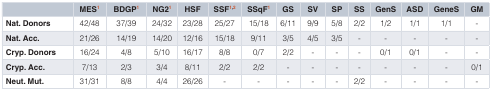
|  | MES1 | BDGP1 | NG21 | HSF | SSF1,2 | SSqF1 | GS | SV | SP | SS | GenS | ASD | GeneS | GM |
 | --- | --- | --- | --- | --- | --- | --- | --- | --- | --- | --- | --- | --- | --- | --- |
 | Nat. Donors | 42/48 | 37/39 | 24/32 | 23/28 | 25/27 | 15/18 | 6/11 | 9/9 | 5/8 | 2/2 | 1/2 | 1/1 | 1/1 | - |
 | Nat. Acc. | 21/26 | 14/19 | 14/20 | 12/16 | 15/18 | 9/11 | 3/5 | 4/5 | 3/5 | - | - | - | - | - |
 | Cryp. Donors | 16/24 | 4/8 | 5/10 | 16/17 | 8/8 | 0/7 | 2/2 | - | - | - | 0/1 | 0/1 | - | - |
 | Cryp. Acc. | 7/13 | 2/3 | 3/4 | 8/11 | 2/2 | 2/2 | - | - | - | - | - | - | - | 0/1 |
 | Neut. Mut. | 31/31 | 8/8 | 4/4 | 26/26 | - | - | - | - | - | 2/2 | - | - | - | - |